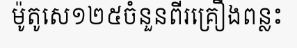
ម៉ូតូសេ១២៥ចំនួនពីរគ្រឿងពន្លះ